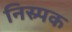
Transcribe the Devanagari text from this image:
निस्र्पक